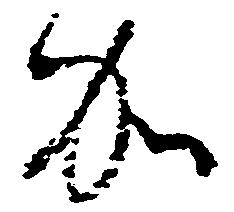
加